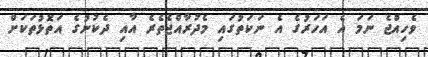
ވެހިއްޖެ ނަމަ އެ އަހަރުގެ އެ ނަކަތުގައި މެދުރާއްޖެތެރެ އާއި ދެކުނުގެ އަތޮޅުތަކަށް